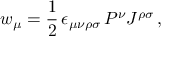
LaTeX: w _ { \mu } = \frac { 1 } { 2 } \, \epsilon _ { \mu \nu \rho \sigma } \, P ^ { \nu } J ^ { \rho \sigma } \, ,